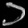
Digit: ၁